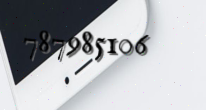
787985106